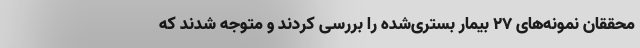
محققان نمونه‌های ۲۷ بیمار بستری‌شده را بررسی کردند و متوجه شدند که